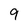
Character: 9